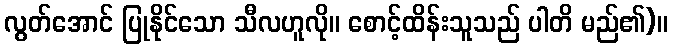
လွတ်အောင် ပြုနိုင်သော သီလဟူလို။ စောင့်ထိန်းသူသည် ပါတိ မည်၏)။